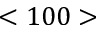
< 1 0 0 >